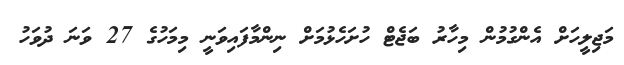
މަޖިލީހަށް އެންގުމުން މިހާރު ބަޖެޓް ހުށަހެޅުމަށް ނިންމާފައިވަނީ މިމަހުގެ 27 ވަނަ ދުވަހު